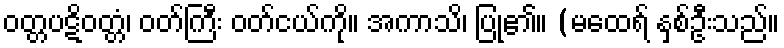
ဝတ္တပဋိဝတ္တံ၊ ဝတ်ကြီး ဝတ်ငယ်ကို။ အကာသိ၊ ပြု၏။ (မထေရ် နှစ်ဦးသည်။